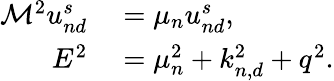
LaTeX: \begin{array}{rl}{\mathcal{M}^{2}u_{nd}^{s}}&{{}=\mu_{n}u_{nd}^{s},}\\ {E^{2}}&{{}=\mu_{n}^{2}+k_{n,d}^{2}+q^{2}.}\end{array}